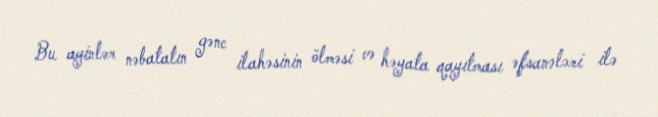
Bu ayinlər nəbatatın gənc ilahəsinin ölməsi və həyata qayıtması əfsanələri ilə